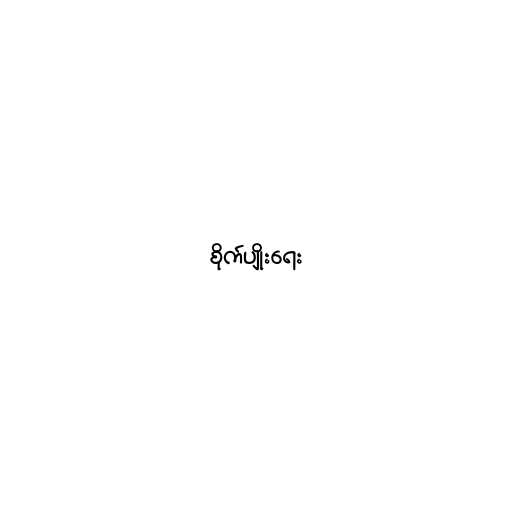
စိုက်ပျိုးရေး